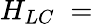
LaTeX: H_{LC}\; =\;